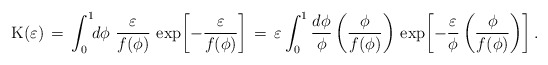
\begin{align*}{\rm K}(\varepsilon) \,=\, \int_{0}^{1}\!\!d\phi\,\,\frac{ \varepsilon}{f(\phi)}\, \exp{\!\left[-\frac{\varepsilon}{f(\phi)}\right]} \,=\, \varepsilon \int_0^1 \frac{d\phi}{\phi}\left(\frac{\phi}{f(\phi)}\right) \, \exp{\!\left[-\frac{\varepsilon}{\phi}\left(\frac{\phi}{f(\phi)}\right)\right]}\,. \end{align*}